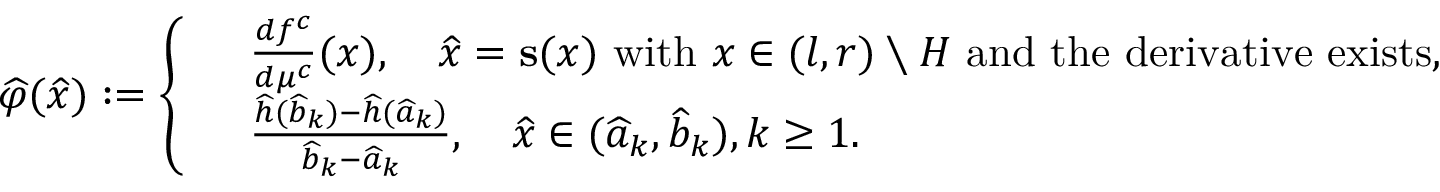
\widehat { \varphi } ( \widehat { x } ) : = \left\lbrace \begin{array} { r l } & { \frac { d f ^ { c } } { d \mu ^ { c } } ( x ) , \quad \widehat { x } = \mathbf { s } ( x ) \mathrm { ~ w i t h ~ } x \in ( l , r ) \setminus H \mathrm { ~ a n d ~ t h e ~ d e r i v a t i v e ~ e x i s t s } , } \\ & { \frac { \widehat { h } ( \widehat b _ { k } ) - \widehat { h } ( \widehat a _ { k } ) } { \widehat { b } _ { k } - \widehat { a } _ { k } } , \quad \widehat { x } \in ( \widehat { a } _ { k } , \widehat { b } _ { k } ) , k \geq 1 . } \end{array} \right.